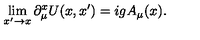
\lim _ { x ^ { \prime } \to x } \partial _ { \mu } ^ { x } U ( x , x ^ { \prime } ) = i g A _ { \mu } ( x ) .